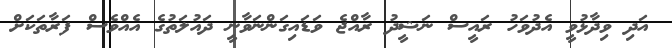
އަދި ވިދާޅުވީ އެދުވަހު ރައީސް ނަޝީދު ރާއްޖެ ވަޑައިގަންނަވާނީ ދައުލަތުގެ އެއްވެސް ފަރާތަކަށް